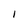
Character: 1